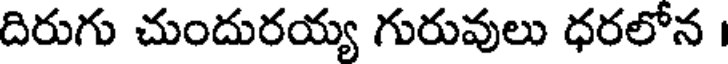
దిరుగు చుందురయ్య గురువులు ధరలోన